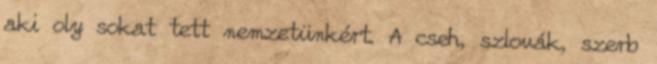
aki oly sokat tett nemzetünkért. A cseh, szlovák, szerb